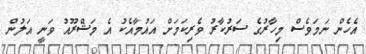
އެހެން ނަމަވެސް މިހާރުގެ ސަރުކާރު ވެރިކަމަށް އައުމާއެކު އެ މަޝްރޫއު ވަނީ އަލުން